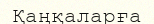
Қаңқаларға